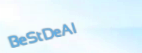
BeStDeAl